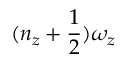
( n _ { z } + \frac { 1 } { 2 } ) \omega _ { z }